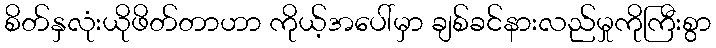
စိတ်နှလုံးယိုဖိတ်တာဟာ ကိုယ့်အပေါ်မှာ ချစ်ခင်နားလည်မှုကိုကြီးစွာ